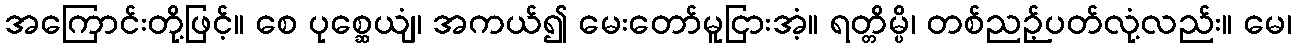
အကြောင်းတို့ဖြင့်။ စေ ပုစ္ဆေယျံ၊ အကယ်၍ မေးတော်မူငြားအံ့။ ရတ္တိမ္ပိ၊ တစ်ညဉ့်ပတ်လုံ့လည်း။ မေ၊